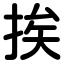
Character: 挨